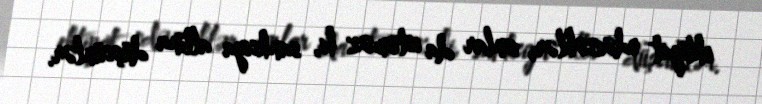
ehtiyat edəcəklər, onlar da istəməz ki, sanksiya altına düşsünlər.